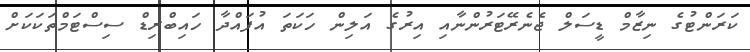
ކަރަންޓުގެ ނިޒާމް ޑީސަލް ޖެނެރޭޓަރުންނާއި އިރުގެ އަލިން ހަކަތަ އުފައްދާ ހައިބްރިޑް ސިސްޓަމްތަކަކަށް